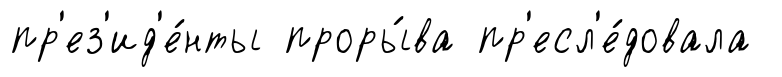
пр'ез'ид'е́нты проры́ва пр'есл'е́довала